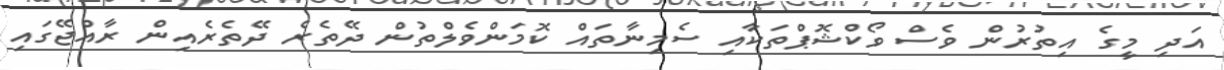
އަދި މީގެ އިތުރުން ވެސް ވޯކްޝޮޕްތަކާއި ސެމިނާތައް ކޮމަންވެލްތުން ދޭތެރެ ދޭތެރެއިން ރާއްޖޭގައި